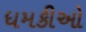
ધમકીઓ